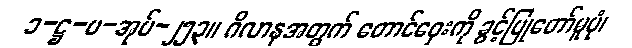
၁-ဋ္ဌ-ပ-အုပ်-၂၅၃။ ဂိလာနအတွက် တောင်ဝှေးကို ခွင့်ပြုတော်မူပုံ၊